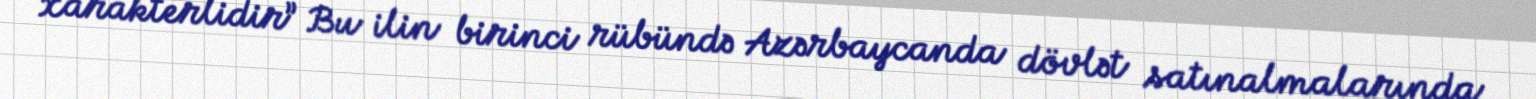
xarakterlidir” Bu ilin birinci rübündə Azərbaycanda dövlət satınalmalarında